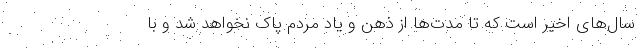
سال‌های اخیر است که تا مدت‌ها از ذهن و یاد مردم پاک نخواهد شد و با